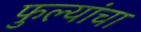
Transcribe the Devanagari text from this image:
फुल्यांचा